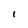
Character: I